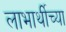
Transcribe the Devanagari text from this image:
लाभार्थीच्या